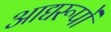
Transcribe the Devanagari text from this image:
आद्यरूपों